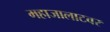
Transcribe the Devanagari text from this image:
महाजालाटवर